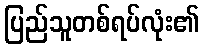
ပြည်သူတစ်ရပ်လုံး၏